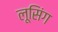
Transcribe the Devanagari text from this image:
लूसिंग